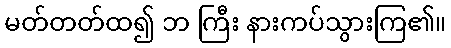
မတ်တတ်ထ၍ ဘ ကြီး နားကပ်သွားကြ၏။